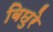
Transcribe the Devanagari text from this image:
बिछुरे